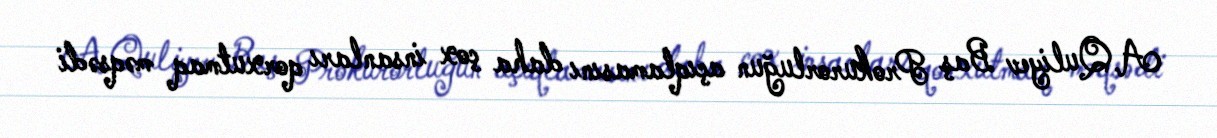
A.Quliyev Baş Prokurorluğun açıqlamasını daha çox insanları qorxutmaq məqsədi